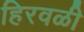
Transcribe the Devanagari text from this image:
हिरवळी